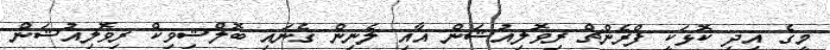
މީގެ އިދި ކޮޅަކީ ފްރެންޗް ރިވޮލިއުޝަން އާއި ލެނިން ގެނައި ބޮލްޝިވިކް ރިވޮލިއުޝަން